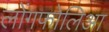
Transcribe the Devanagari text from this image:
लोंगफोलिआ